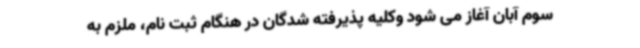
سوم آبان آغاز می شود وکلیه پذیرفته شدگان در هنگام ثبت نام، ملزم به